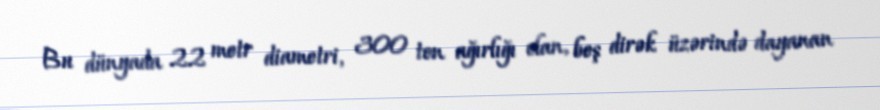
Bu dünyada 22 metr diametri, 300 ton ağırlığı olan, beş dirək üzərində dayanan